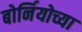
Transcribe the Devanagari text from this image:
बोर्नियोच्या